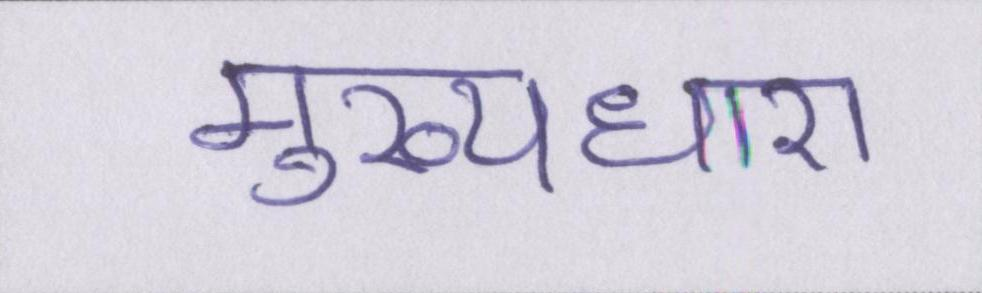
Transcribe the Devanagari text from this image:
मुख्यधारा